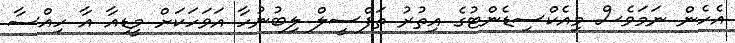
އެހެން ނަމަވެސް މިއެކްސިޑެންޓުގެ އިތުރު ތަފްސީލް ލިބުނުހާ އަވަހަކަށް މީޑިއާ އާ ހިއްސާ